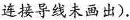
连接导线未画出)。